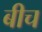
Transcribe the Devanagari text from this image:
बीच